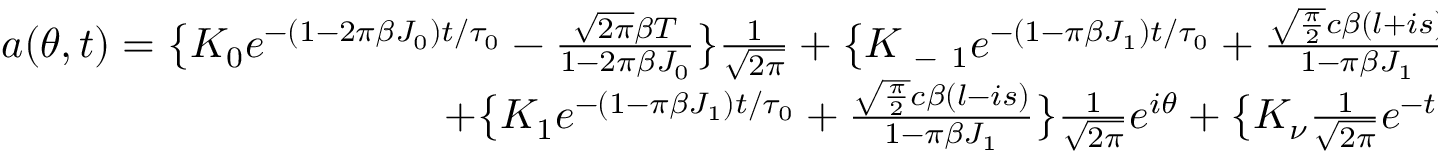
\begin{array} { r } { a ( \theta , t ) = \big \{ K _ { 0 } e ^ { - ( 1 - 2 \pi \beta J _ { 0 } ) t / \tau _ { 0 } } - \frac { \sqrt { 2 \pi } \beta T } { 1 - 2 \pi \beta J _ { 0 } } \big \} \frac { 1 } { \sqrt { 2 \pi } } + \big \{ K _ { \mathrm { ~ - ~ } 1 } e ^ { - ( 1 - \pi \beta J _ { 1 } ) t / \tau _ { 0 } } + \frac { \sqrt { \frac { \pi } { 2 } } c \beta ( l + i s ) } { 1 - \pi \beta J _ { 1 } } \big \} \frac { 1 } { \sqrt { 2 \pi } } e ^ { - i \theta } } \\ { + \big \{ K _ { 1 } e ^ { - ( 1 - \pi \beta J _ { 1 } ) t / \tau _ { 0 } } + \frac { \sqrt { \frac { \pi } { 2 } } c \beta ( l - i s ) } { 1 - \pi \beta J _ { 1 } } \big \} \frac { 1 } { \sqrt { 2 \pi } } e ^ { i \theta } + \big \{ K _ { \nu } \frac { 1 } { \sqrt { 2 \pi } } e ^ { - t } \big \} e ^ { i \nu \theta } \Big \lvert _ { \lvert \nu \rvert > 1 } } \end{array}